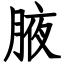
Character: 腋